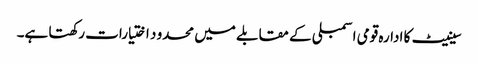
سینیٹ کا ادارہ قومی اسمبلی کے مقابلے میں محدو د اختیارات رکھتا ہے۔